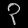
Digit: ၃